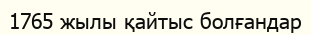
1765 жылы қайтыс болғандар